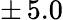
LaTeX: \pm\, 5.0